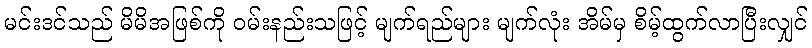
မင်းဒင်သည် မိမိအဖြစ်ကို ဝမ်းနည်းသဖြင့် မျက်ရည်များ မျက်လုံး အိမ်မှ စိမ့်ထွက်လာပြီးလျှင်